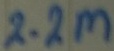
Text: 2.2M